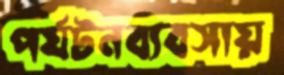
পর্যটনব্যবসায়